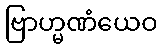
ဗြာဟ္မဏံယေဝ